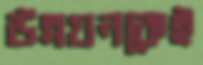
উন্নয়নকেই